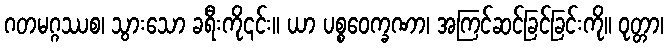
ဂတမဂ္ဂဿစ၊ သွားသော ခရီးကို၎င်း။ ယာ ပစ္စဝေက္ခဏာ၊ အကြင်ဆင်ခြင်ခြင်းကို။ ဝုတ္တာ၊